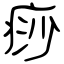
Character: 痧